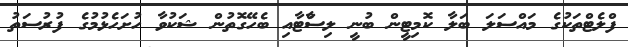
ފްލެޓްތަކުގެ މައްސަލަ ބަލާ ކޮމިޓީން ބުނީ ލިސްާޓާއި ބެހޭގޮތުން ޝަކުވާ ހުށަހެޅުމުގެ ފުރުސަތު